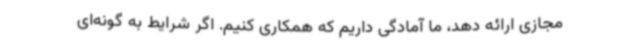
مجازی ارائه دهد، ما آمادگی داریم که همکاری کنیم. اگر شرایط به گونه‌ای